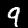
Label: 9